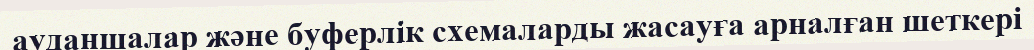
ауданшалар және буферлік схемаларды жасауға арналған шеткері